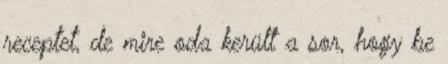
receptet, de mire oda került a sor, hogy be